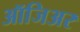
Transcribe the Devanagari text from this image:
ऑजिअर